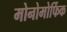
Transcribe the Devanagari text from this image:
मोनोमोर्फिक